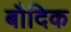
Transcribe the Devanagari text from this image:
बौदिक